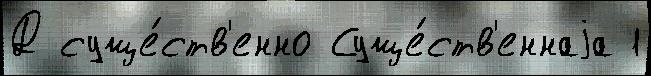
Д суще́ств'енно Суще́ств'еннаjа 1